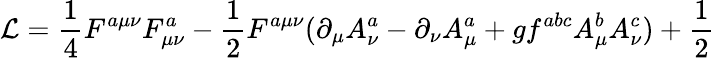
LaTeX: {\cal L}=\frac 14F^{a\mu\nu}F_{\mu\nu}^{a}-\frac 12F^{a\mu\nu}(\partial_{\mu}A_{\nu}^{a}-\partial_{\nu}A_{\mu}^{a}+gf^{abc}A_{\mu}^{b}A_{\nu}^{c})+\frac 12